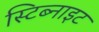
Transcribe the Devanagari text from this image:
स्टिब्नाइट